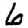
Digit: 6